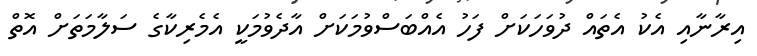
އިރާނާއި އެކު އެތައް ދުވަހަކަށް ފަހު އެއްބަސްވުމަކަށް އާދެވުމަކީ އެމެރިކާގެ ސަލާމަތަށް އޮތް